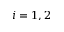
i = 1 , 2